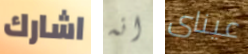
اشارك انه عيناى